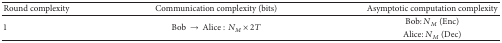
<table><thead><tr><td><b>Round complexity</b></td><td><b>Communication complexity (bits)</b></td><td><b>Asymptotic computation complexity</b></td></tr></thead><tbody><tr><td rowspan="2">1</td><td rowspan="2">Bob → Alice : <i>N</i><sub><i>M</i></sub> × 2<i>T</i></td><td>Bob: <i>N</i><sub><i>M</i></sub> (Enc)</td></tr><tr><td>Alice: <i>N</i><sub><i>M</i></sub> (Dec)</td></tr></tbody></table>